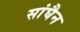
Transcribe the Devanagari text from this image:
सांघैन